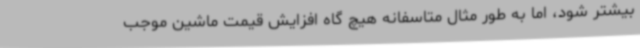
بیشتر شود، اما به طور مثال متاسفانه هیچ گاه افزایش قیمت ماشین موجب